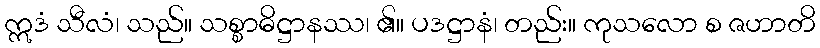
ဣဒံ သီလံ၊ သည်။ သစ္စာဓိဋ္ဌာနဿ၊ ၏။ ပဒဋ္ဌာနံ၊ တည်း။ ကုသလော စ ဇဟာတိ